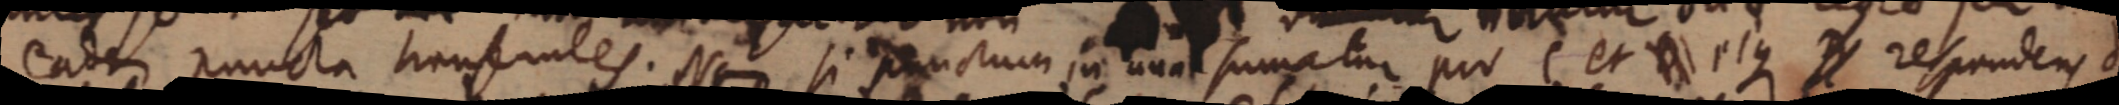
eadem puncta transeantes. Nam si punctum in una sumatur pro C et D eique D respondens